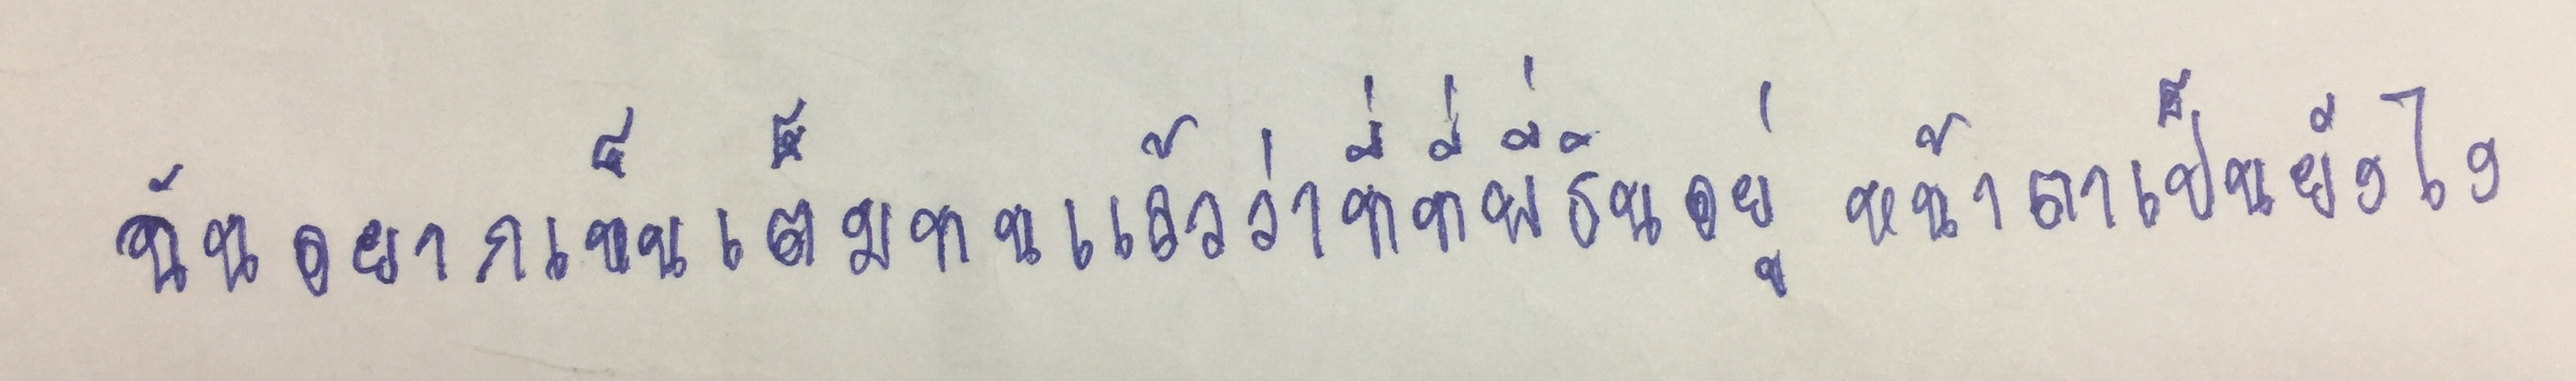
ฉันอยากเห็นเต็มทนแล้วว่าที่ที่พี่ธินอยู่หน้าตาเป็นยังไง